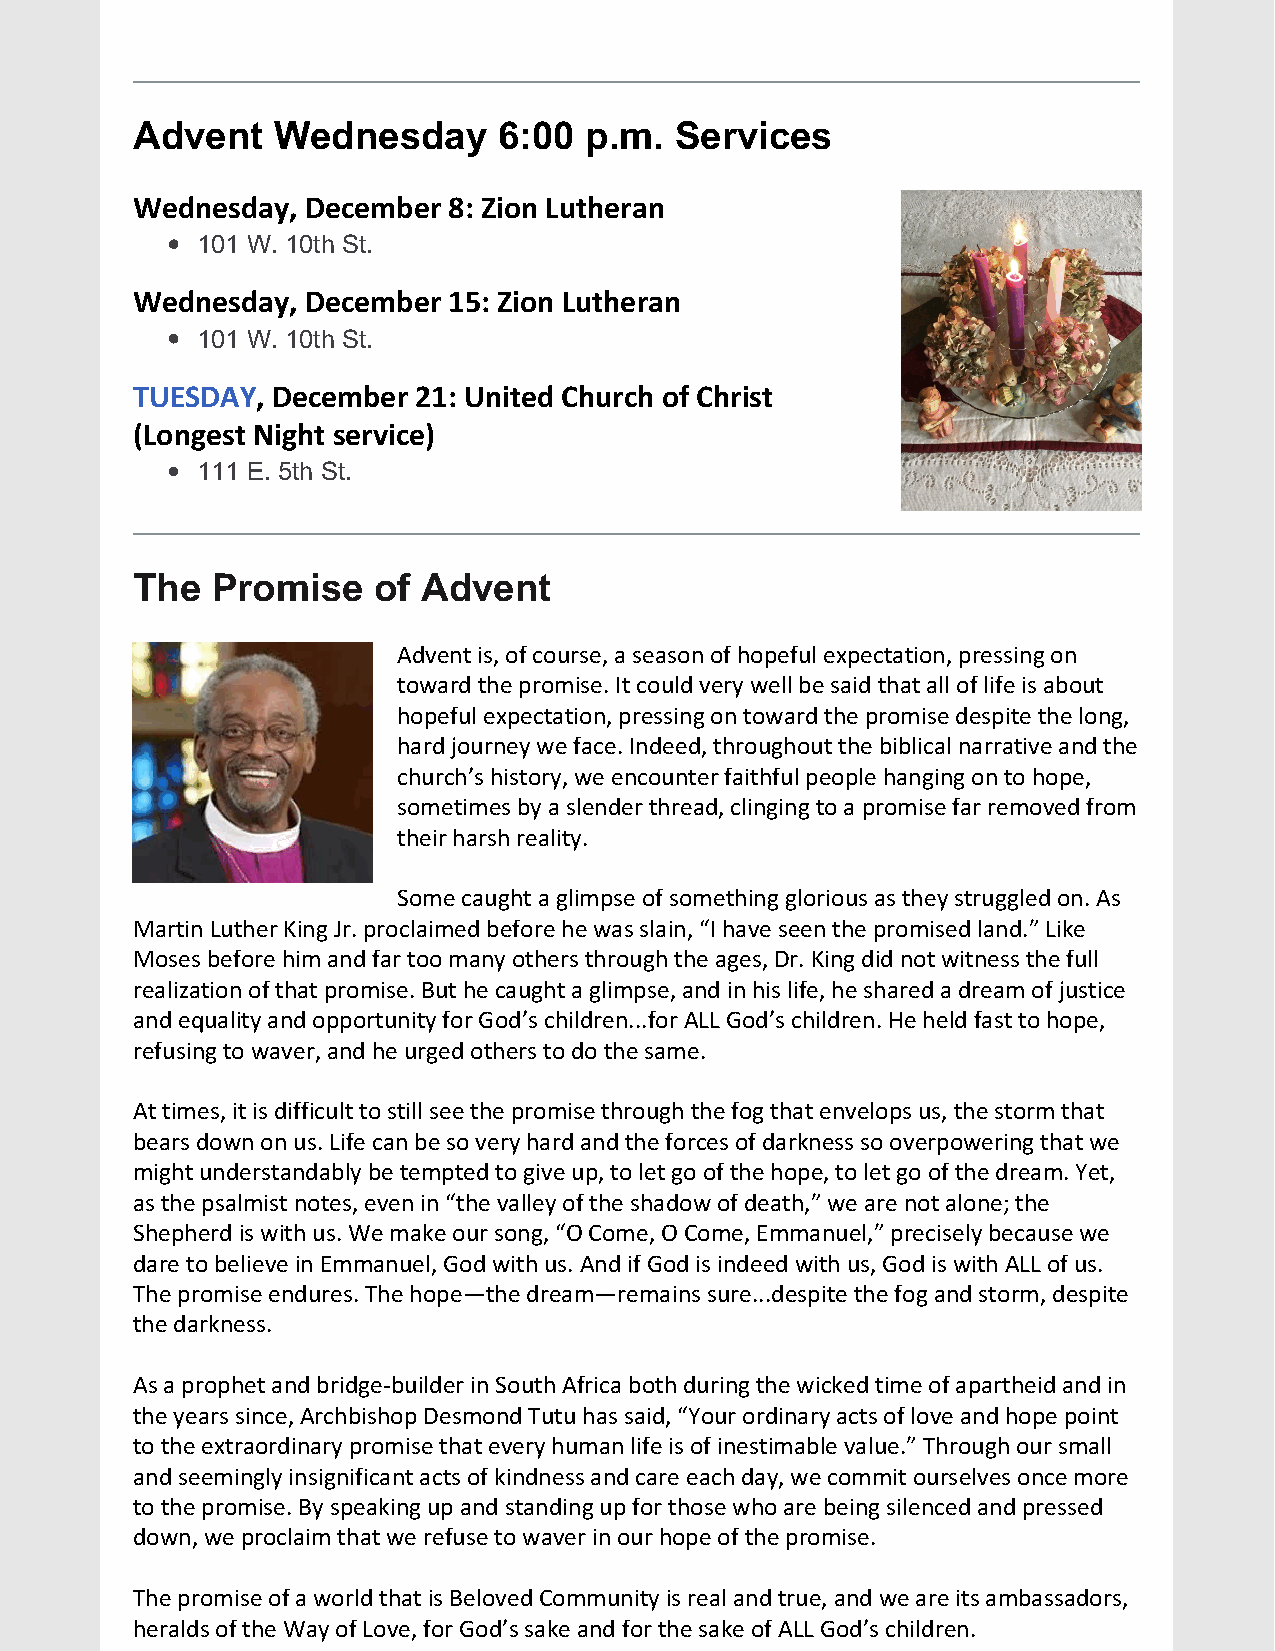
Advent   Wednesday      6:00  p.m.  Services
 Wednesday, December  8: Zion Lutheran
 101 W. 10th St.
 Wednesday, December  15: Zion Lutheran
 101 W. 10th St.
 TUESDAY, December 21: United Church of Christ
 (Longest Night service)
 111 E. 5th St.
 The  Promise    of Advent
 Advent is, of course, a season of hopeful expectation, pressing on
 toward the promise. It could very well be said that all of life is about
 hopeful expectation, pressing on toward the promise despite the long,
 hard journey we face. Indeed, throughout the biblical narrative and the
 church’s history, we encounter faithful people hanging on to hope,
 sometimes by a slender thread, clinging to a promise far removed from
 their harsh reality.
 Some caught a glimpse of something glorious as they struggled on. As
 Martin Luther King Jr. proclaimed before he was slain, “I have seen the promised land.” Like
 Moses before him and far too many others through the ages, Dr. King did not witness the full
 realization of that promise. But he caught a glimpse, and in his life, he shared a dream of justice
 and equality and opportunity for God’s children...for ALL God’s children. He held fast to hope,
 refusing to waver, and he urged others to do the same.
 At times, it is difficult to still see the promise through the fog that envelops us, the storm that
 bears down on us. Life can be so very hard and the forces of darkness so overpowering that we
 might understandably be tempted to give up, to let go of the hope, to let go of the dream. Yet,
 as the psalmist notes, even in “the valley of the shadow of death,” we are not alone; the
 Shepherd is with us. We make our song, “O Come, O Come, Emmanuel,” precisely because we
 dare to believe in Emmanuel, God with us. And if God is indeed with us, God is with ALL of us.
 The promise endures. The hope—the dream—remains sure...despite the fog and storm, despite
 the darkness.
 As a prophet and bridge-builder in South Africa both during the wicked time of apartheid and in
 the years since, Archbishop Desmond Tutu has said, “Your ordinary acts of love and hope point
 to the extraordinary promise that every human life is of inestimable value.” Through our small
 and seemingly insignificant acts of kindness and care each day, we commit ourselves once more
 to the promise. By speaking up and standing up for those who are being silenced and pressed
 down, we proclaim that we refuse to waver in our hope of the promise.
 The promise of a world that is Beloved Community is real and true, and we are its ambassadors,
 heralds of the Way of Love, for God’s sake and for the sake of ALL God’s children.